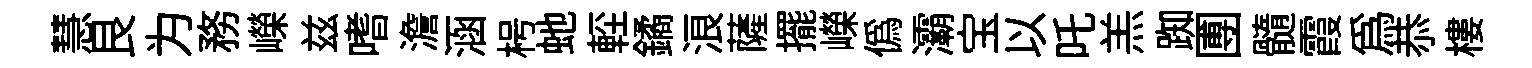
慧艮为務嶸兹嗜澹涵枵虵䡖鐍浪薩擺嶸偽灞宝以吒羔踟圑髓霞爲恭樓